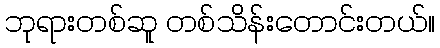
ဘုရားတစ်ဆူ တစ်သိန်းတောင်းတယ်။